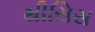
થીસિસ